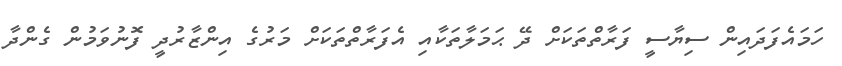
ހަމައެފަދައިން ސިޔާސީ ފަރާތްތަކަށް ދޭ ޙަމަލާތަކާއި އެފަރާތްތަކަށް މަރުގެ އިންޒާރުދީ ފޮނުވަމުން ގެންދާ